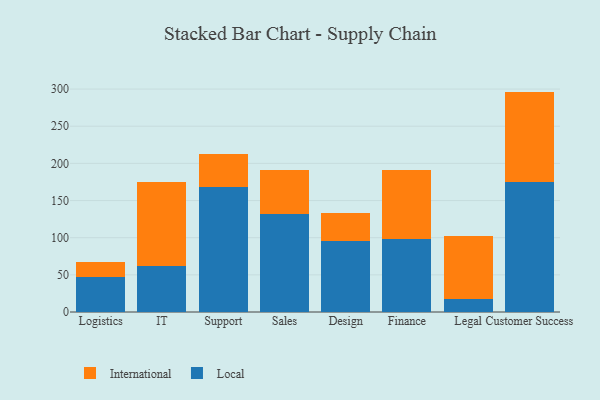
{"axis": {"x": "Department", "y": "Churn Rate (%)"}, "legend": ["International", "Local"], "data": [{"x": "Logistics", "y": 46.8, "type": "Local"}, {"x": "Logistics", "y": 20.8, "type": "International"}, {"x": "IT", "y": 62.2, "type": "Local"}, {"x": "IT", "y": 112.8, "type": "International"}, {"x": "Support", "y": 167.7, "type": "Local"}, {"x": "Support", "y": 45.3, "type": "International"}, {"x": "Sales", "y": 131.8, "type": "Local"}, {"x": "Sales", "y": 59.9, "type": "International"}, {"x": "Design", "y": 95.3, "type": "Local"}, {"x": "Design", "y": 37.8, "type": "International"}, {"x": "Finance", "y": 98.8, "type": "Local"}, {"x": "Finance", "y": 92.2, "type": "International"}, {"x": "Legal", "y": 17.0, "type": "Local"}, {"x": "Legal", "y": 85.0, "type": "International"}, {"x": "Customer Success", "y": 174.8, "type": "Local"}, {"x": "Customer Success", "y": 121.8, "type": "International"}]}